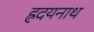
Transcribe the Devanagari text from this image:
ह्रदयनाथ